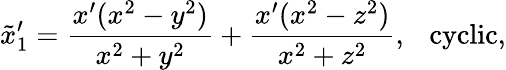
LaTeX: \tilde{x}_{1}^{\prime}=\frac{x^{\prime}(x^{2}-y^{2})}{x^{2}+y^{2}}+\frac{x^{\prime}(x^{2}-z^{2})}{x^{2}+z^{2}},\ \ \ \mathrm{cyclic},